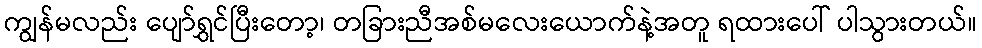
ကျွန်မလည်း ပျော်ရွှင်ပြီးတော့၊ တခြားညီအစ်မလေးယောက်နဲ့အတူ ရထားပေါ် ပါသွားတယ်။